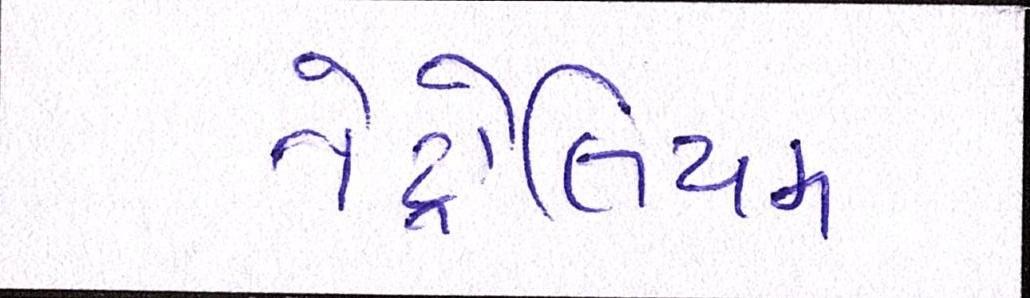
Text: પેટ્રોલિયમ